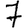
Digit: 7